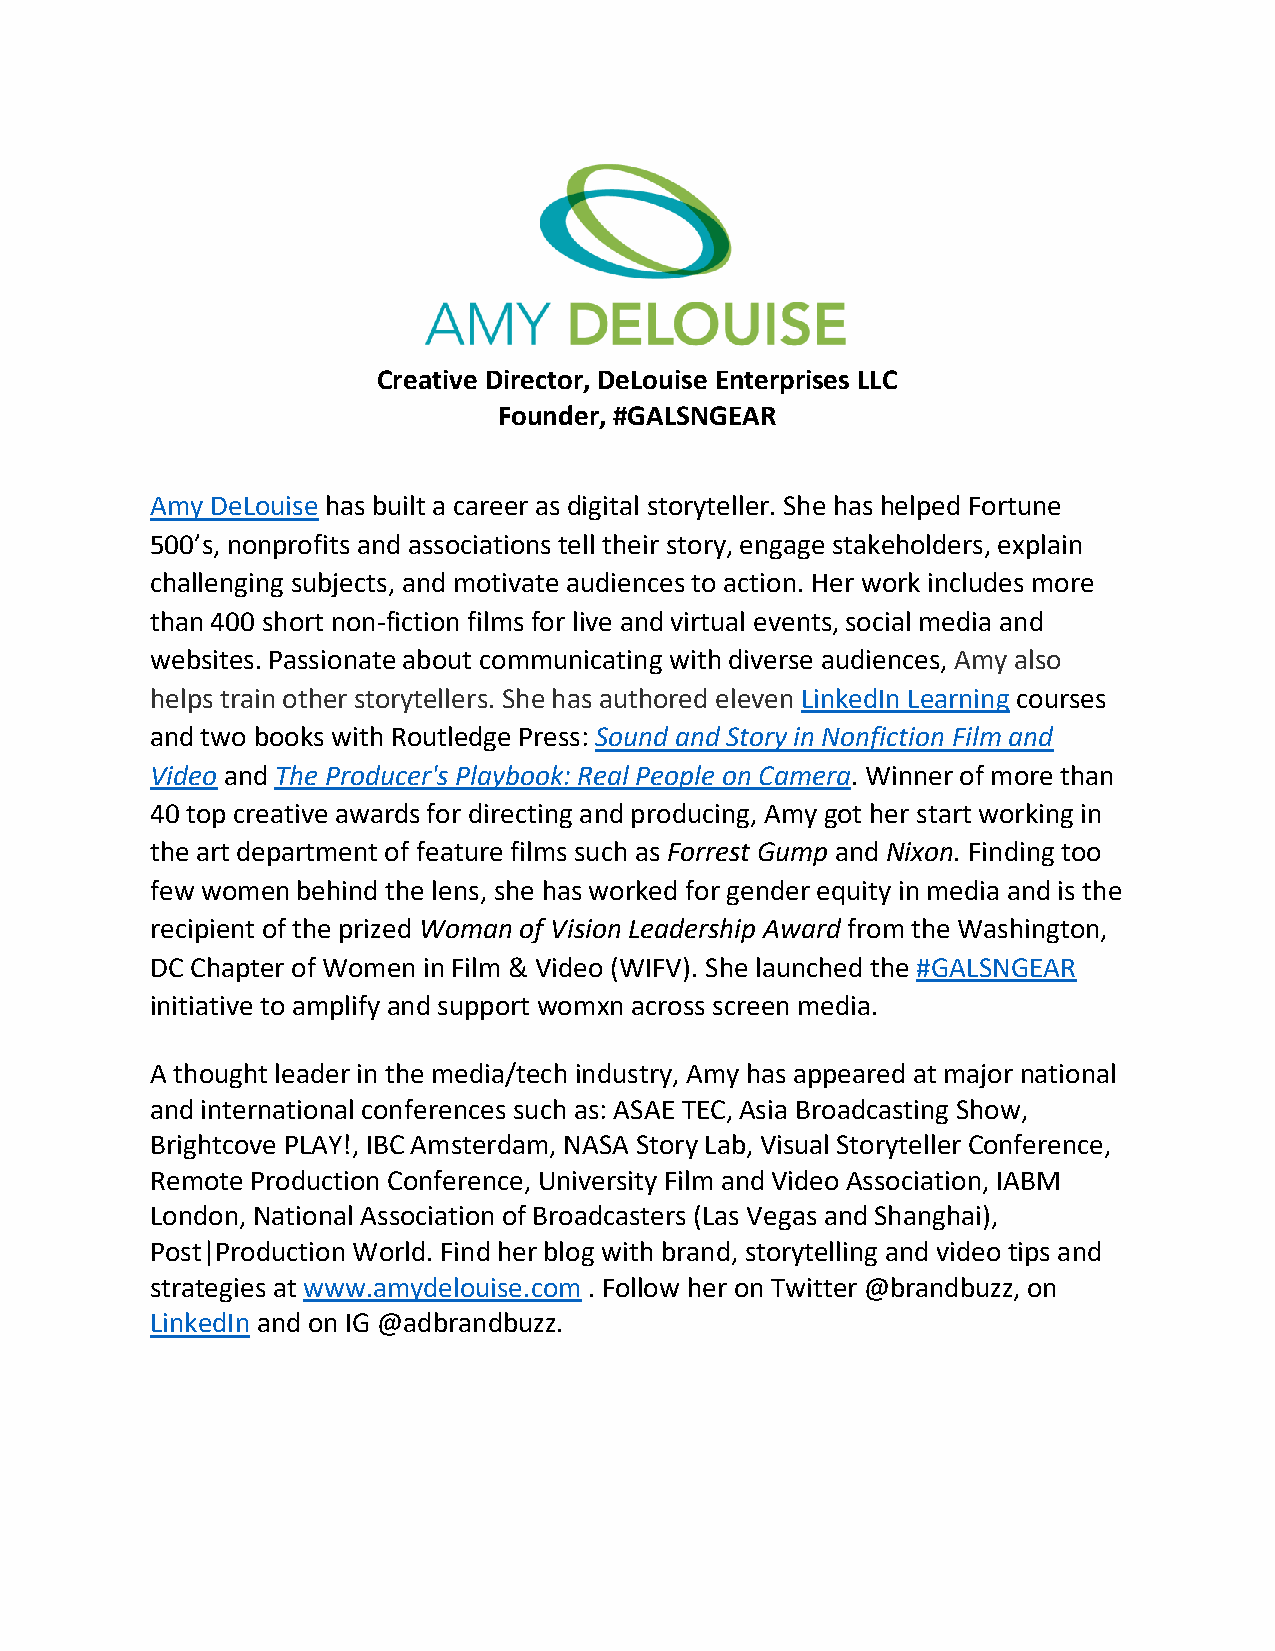
Creative Director, DeLouise Enterprises LLC
 Founder, #GALSNGEAR
 Amy DeLouise has built a career as digital storyteller. She has helped Fortune
 500’s, nonprofits and associations tell their story, engage stakeholders, explain
 challenging subjects, and motivate audiences to action. Her work includes more
 than 400 short non-fiction films for live and virtual events, social media and
 websites. Passionate about communicating with diverse audiences, Amy also
 helps train other storytellers. She has authored eleven LinkedIn Learning courses
 and two books with Routledge Press: Sound and Story in Nonfiction Film and
 Video and The Producer's Playbook: Real People on Camera. Winner of more than
 40 top creative awards for directing and producing, Amy got her start working in
 the art department of feature films such as Forrest Gump and Nixon. Finding too
 few women behind the lens, she has worked for gender equity in media and is the
 recipient of the prized Woman of Vision Leadership Award from the Washington,
 DC Chapter of Women in Film & Video (WIFV). She launched the #GALSNGEAR
 initiative to amplify and support womxn across screen media.
 A thought leader in the media/tech industry, Amy has appeared at major national
 and international conferences such as: ASAE TEC, Asia Broadcasting Show,
 Brightcove PLAY!, IBC Amsterdam, NASA Story Lab, Visual Storyteller Conference,
 Remote Production Conference, University Film and Video Association, IABM
 London, National Association of Broadcasters (Las Vegas and Shanghai),
 Post|Production World. Find her blog with brand, storytelling and video tips and
 strategies at www.amydelouise.com . Follow her on Twitter @brandbuzz, on
 LinkedIn and on IG @adbrandbuzz.